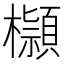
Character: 𣟓